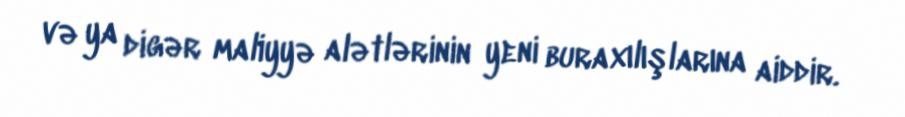
və ya digər maliyyə alətlərinin yeni buraxılışlarına aiddir.